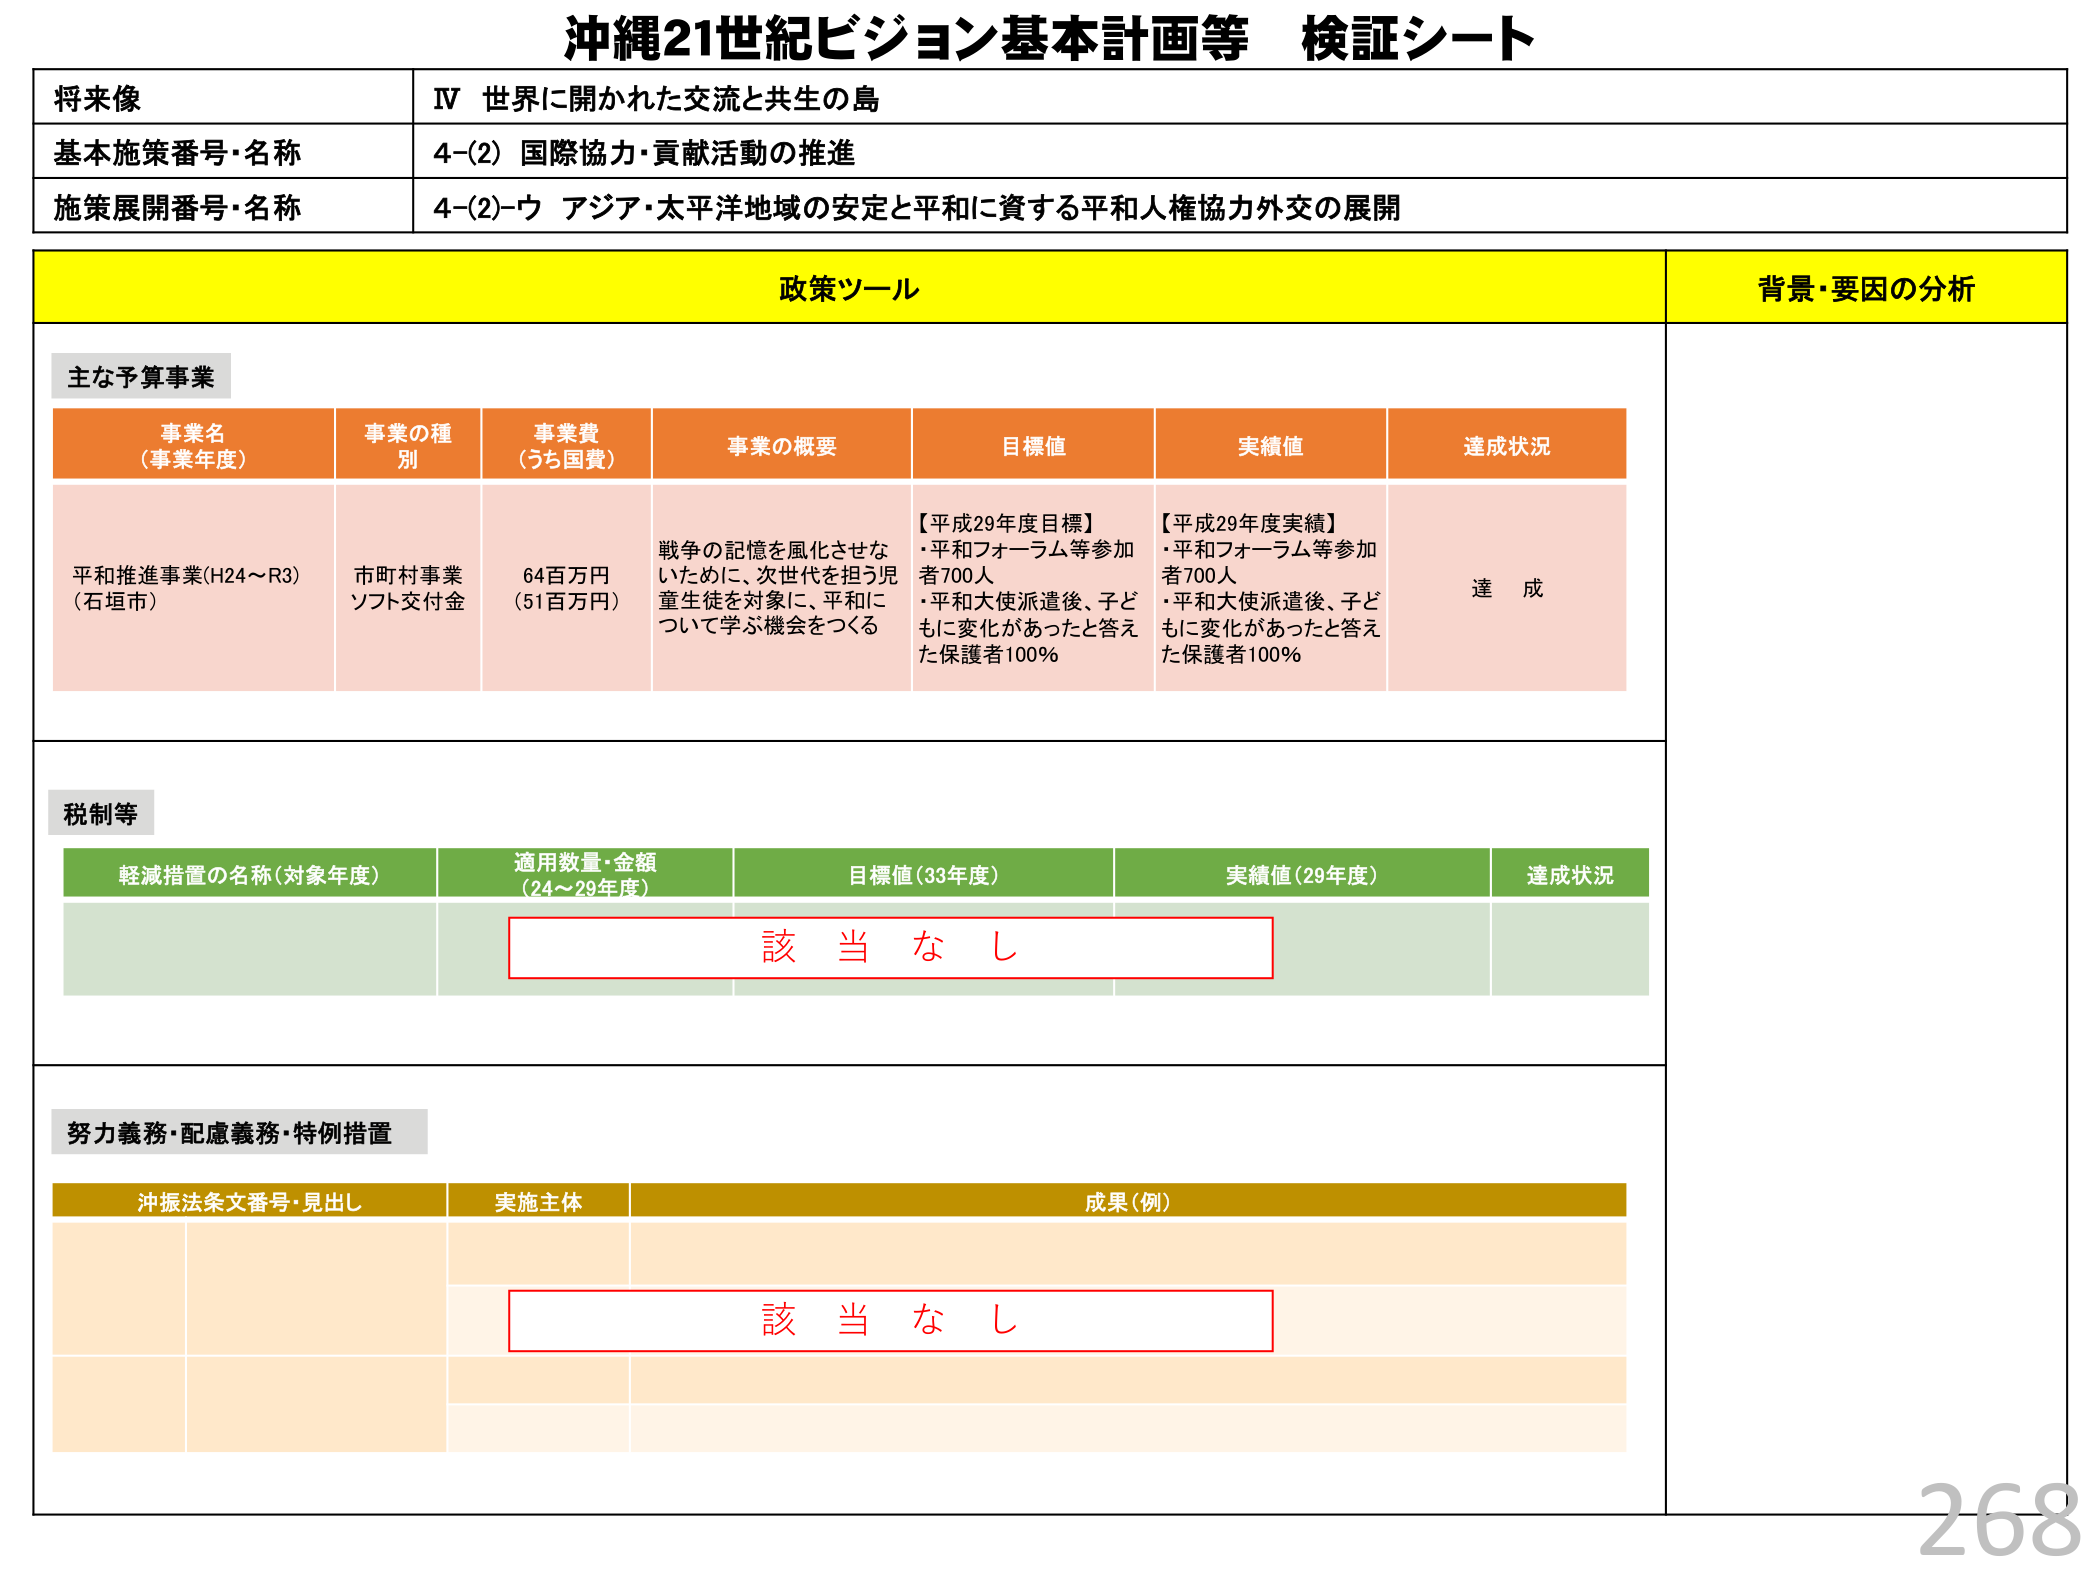
沖縄21世紀ビジョン基本計画等 検証シート

将来像
IV 世界に開かれた交流と共生の島

基本施策番号・名称
4-(2) 国際協力・貢献活動の推進

施策展開番号・名称
4-(2)-ウ アジア・太平洋地域の安定と平和に資する平和人権協力外交の展開

政策ツール
背景・要因の分析

主な予算事業

事業名（事業年度）
事業の種別
事業費（うち国費）
事業の概要
目標値
実績値
達成状況

平和推進事業(H24～R3)（石垣市）
市町村事業 ソフト交付金
64百万円（51百万円）
戦争の記憶を風化させないために、次世代を担う児童生徒を対象に、平和について学ぶ機会をつくる
【平成29年度目標】
・平和フォーラム等参加者700人
・平和大使派遣後、子どもに変化があったと答えた保護者100％
【平成29年度実績】
・平和フォーラム等参加者700人
・平和大使派遣後、子どもに変化があったと答えた保護者100％
達成

税制等

軽減措置の名称（対象年度）
適用数量・金額（24～29年度）
目標値（33年度）
実績値（29年度）
達成状況

該当なし

努力義務・配慮義務・特例措置

沖振法条文番号・見出し
実施主体
成果（例）

該当なし

268